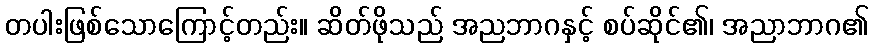
တပါးဖြစ်သောကြောင့်တည်း။ ဆိတ်ဖိုသည် အညဘာဂနှင့် စပ်ဆိုင်၏၊ အညာဘာဂ၏